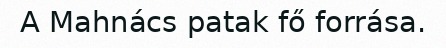
A Mahnács patak fő forrása.